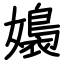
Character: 嬝